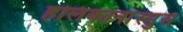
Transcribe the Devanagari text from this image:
हलिकार्नास्सुस